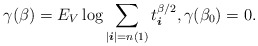
\begin{align*} \gamma ( \beta ) = E_V \log \sum_{| \boldsymbol{i} | = n(1) } t_{ \boldsymbol{i} } ^{ \beta /2 } , \gamma (\beta_0 ) = 0 .\end{align*}